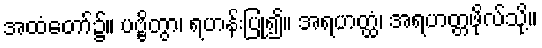
အထံတော်၌။ ပဗ္ဗိတွာ၊ ရဟန်းပြု၍။ အရဟတ္ထံ၊ အရဟတ္တဖိုလ်သို့။